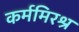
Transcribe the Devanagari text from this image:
कर्ममिरश्र